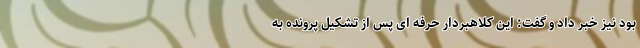
بود نیز خبر داد و گفت: این کلاهبردار حرفه ای پس از تشکیل پرونده به